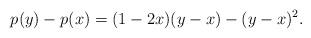
LaTeX: \begin{align*}p(y) - p(x) = (1 - 2x)(y - x) - (y - x)^2.\end{align*}